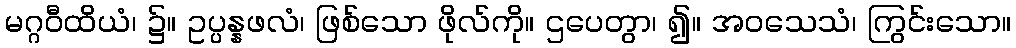
မဂ္ဂဝီထိယံ၊ ၌။ ဥပ္ပန္နဖလံ၊ ဖြစ်သော ဖိုလ်ကို။ ဌပေတွာ၊ ၍။ အဝသေသံ၊ ကြွင်းသော။